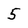
Character: 5